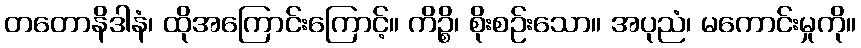
တတောနိဒါနံ၊ ထိုအကြောင်းကြောင့်။ ကိဉ္စိ၊ စိုးစဉ်းသော။ အပုညံ၊ မကောင်းမှုကို။